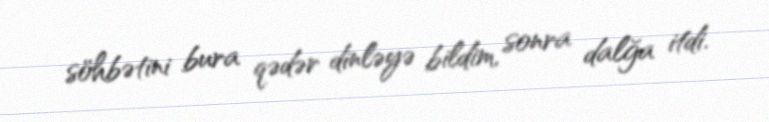
söhbətini bura qədər dinləyə bildim, sonra dalğa itdi.